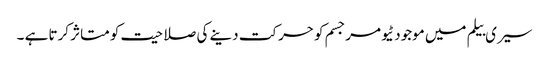
سیری بیلم میں موجود ٹیومرجسم کو حرکت دینے کی صلاحیت کو متاثر کرتا ہے ۔